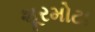
શૂરમોટા